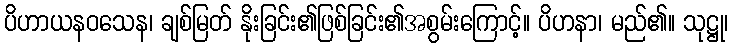
ပိဟာယနဝသေန၊ ချစ်မြတ် နိုးခြင်း၏ဖြစ်ခြင်း၏အစွမ်းကြောင့်။ ပိဟနာ၊ မည်၏။ သုဋ္ဌု၊